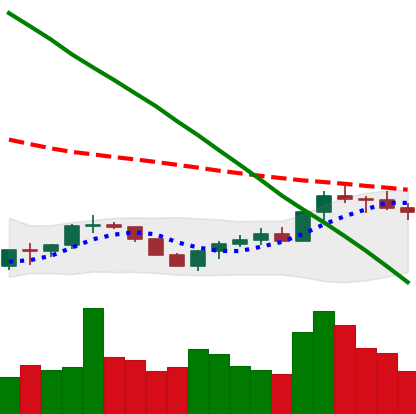
Ticker: BTC-USD
Chart end date: 2022-07-23
Forward return: 6.136%
Label: up_5_7